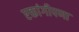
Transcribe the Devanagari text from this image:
एकांगीपणा